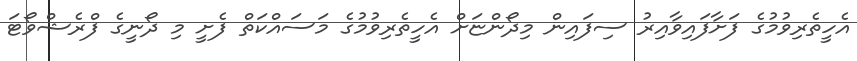
އެހީތެރިވުމުގެ ފަށާފައިވާއިރު ސިފައިން މިދޯންޏަށް އެހީތެރިވުމުގެ މަސައްކަތް ފެށީ މި ދޯނީގެ ފްރެޝްވޯޓަ